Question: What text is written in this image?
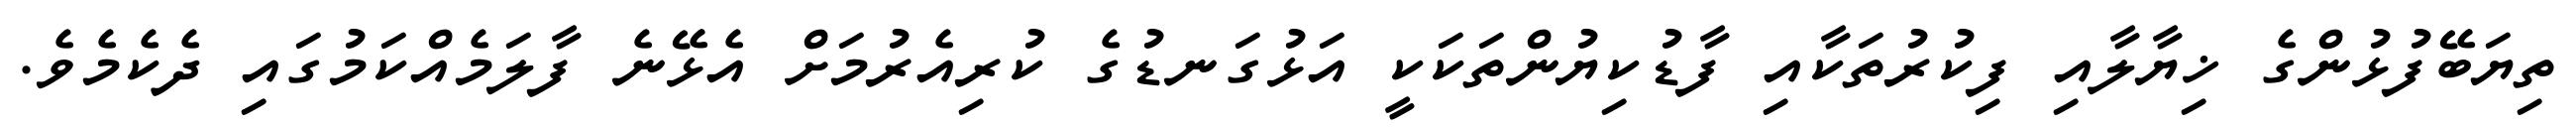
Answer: ތިޔަބޭފުޅުންގެ ޚިޔާލާއި ފިކުރުތަކާއި ފާޑުކިޔުންތަކަކީ އަޅުގަނޑުގެ ކުރިއެރުމަށް އެޅޭނެ ފާލަމެއްކަމުގައި ދެކެމެވެ.